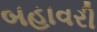
બહાવરી